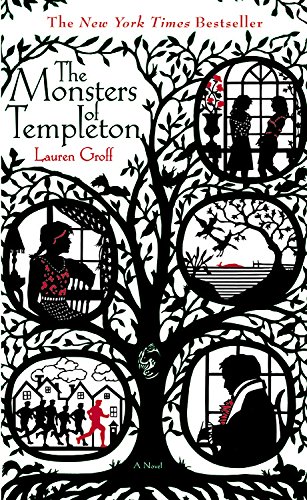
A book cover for The Monsters of Templeton; Lauren Groff; Mystery, Thriller & Suspense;